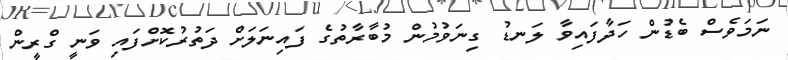
ނަމަވެސް ބެޑުން ހަދާފައިވާ ލަނޑު ގިނަވުމުން މުބާރާތުގެ ފައިނަލަށް ދަތުރުކޮށްފައި ވަނީ ގްރީން